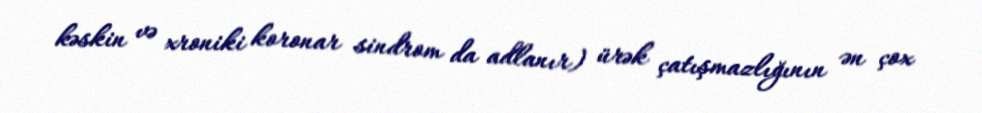
kəskin və xroniki koronar sindrom da adlanır) ürək çatışmazlığının ən çox